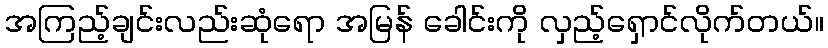
အကြည့်ချင်းလည်းဆုံရော အမြန် ခေါင်းကို လှည့်ရှောင်လိုက်တယ်။